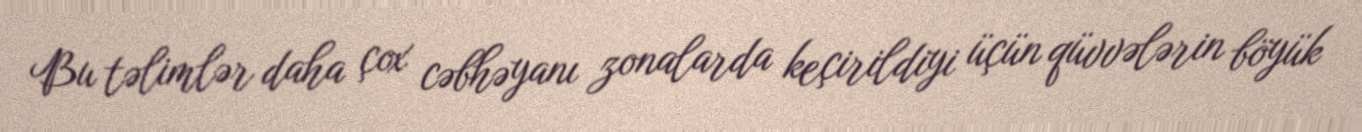
Bu təlimlər daha çox cəbhəyanı zonalarda keçirildiyi üçün qüvvələrin böyük